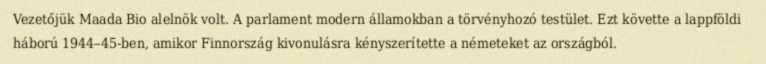
Vezetőjük Maada Bio alelnök volt. A parlament modern államokban a törvényhozó testület. Ezt követte a lappföldi háború 1944–45-ben, amikor Finnország kivonulásra kényszerítette a németeket az országból.